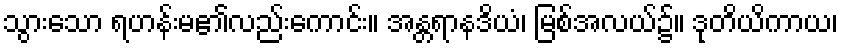
သွားသော ရဟန်းမ၏လည်းကောင်း။ အန္တရာနဒိယံ၊ မြစ်အလယ်၌။ ဒုတိယိကာယ၊